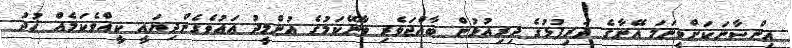
އިންސާނަކަށްވީނަމަ އޭނާގެ ދަރިފުޅުގެ ދިރިއުޅުން ބާއްޖަވެރި ވާނޭކަމުގެ އުންމީދު އައުވެގެންދިޔައީ ކީއްވެކަމެއް ޚުދު